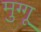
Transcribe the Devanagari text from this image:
मुग्गू